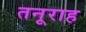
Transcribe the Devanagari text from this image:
तनूराह